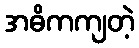
အဓိကကျတဲ့